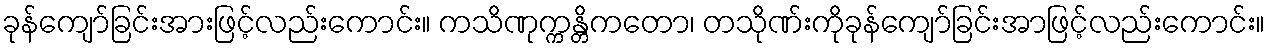
ခုန်ကျော်ခြင်းအားဖြင့်လည်းကောင်း။ ကသိဏုက္ကန္တိကတော၊ တသိုဏ်းကိုခုန်ကျော်ခြင်းအာဖြင့်လည်းကောင်း။